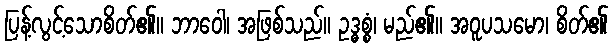
ပြန့်လွင့်သောစိတ်၏။ ဘာဝေါ၊ အဖြစ်သည်။ ဥဒ္ဓစ္စံ၊ မည်၏။ အဝူပသမော၊ စိတ်၏